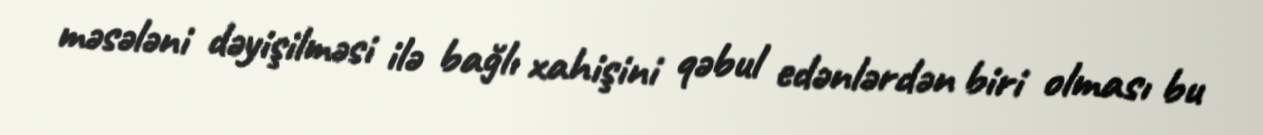
məsələni dəyişilməsi ilə bağlı xahişini qəbul edənlərdən biri olması bu